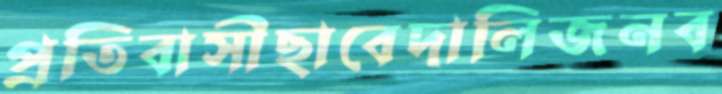
প্রতিবাসীছাবেদালিজনব